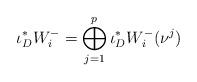
LaTeX: \begin{align*}\iota_{D}^{*}W^{-}_{i}=\bigoplus_{j=1}^{p} \iota_{D}^{*}W^{-}_{i}(\nu^{j})\end{align*}